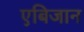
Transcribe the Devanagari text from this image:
एबिजान